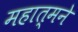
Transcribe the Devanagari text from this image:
महात्मने